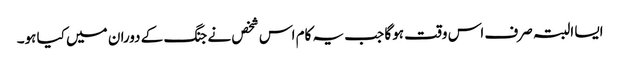
ایسا البتہ صرف اس وقت ہوگا جب یہ کام اس شخص نے جنگ کے دوران میں کیا ہو۔